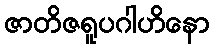
ဇာတိဇရူပဂါဟိနော